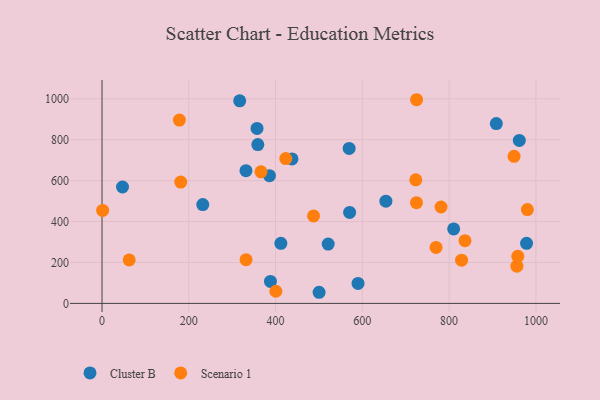
{"axis": {"x": "Study Hours", "y": "Profit"}, "legend": ["Cluster B", "Scenario 1"], "data": [{"x": "961.8", "y": 796.1, "type": "Cluster B"}, {"x": "437.9", "y": 706.1, "type": "Cluster B"}, {"x": "357.3", "y": 854.8, "type": "Cluster B"}, {"x": "331.8", "y": 648.3, "type": "Cluster B"}, {"x": "388.2", "y": 107.2, "type": "Cluster B"}, {"x": "412.2", "y": 293.5, "type": "Cluster B"}, {"x": "317.3", "y": 989.9, "type": "Cluster B"}, {"x": "359.1", "y": 776.1, "type": "Cluster B"}, {"x": "810.5", "y": 363.8, "type": "Cluster B"}, {"x": "654.3", "y": 499.5, "type": "Cluster B"}, {"x": "908.8", "y": 878.4, "type": "Cluster B"}, {"x": "232.2", "y": 483.1, "type": "Cluster B"}, {"x": "570.7", "y": 444.3, "type": "Cluster B"}, {"x": "386.0", "y": 624.2, "type": "Cluster B"}, {"x": "500.3", "y": 54.4, "type": "Cluster B"}, {"x": "47.2", "y": 568.6, "type": "Cluster B"}, {"x": "978.5", "y": 293.5, "type": "Cluster B"}, {"x": "590.1", "y": 97.4, "type": "Cluster B"}, {"x": "569.6", "y": 757.1, "type": "Cluster B"}, {"x": "521.3", "y": 289.9, "type": "Cluster B"}, {"x": "725.0", "y": 995.1, "type": "Scenario 1"}, {"x": "181.4", "y": 592.9, "type": "Scenario 1"}, {"x": "724.8", "y": 492.2, "type": "Scenario 1"}, {"x": "1.4", "y": 454.3, "type": "Scenario 1"}, {"x": "828.7", "y": 211.2, "type": "Scenario 1"}, {"x": "487.6", "y": 427.5, "type": "Scenario 1"}, {"x": "400.7", "y": 59.4, "type": "Scenario 1"}, {"x": "956.2", "y": 181.7, "type": "Scenario 1"}, {"x": "62.6", "y": 212.5, "type": "Scenario 1"}, {"x": "332.0", "y": 213.7, "type": "Scenario 1"}, {"x": "781.4", "y": 471.1, "type": "Scenario 1"}, {"x": "366.4", "y": 643.1, "type": "Scenario 1"}, {"x": "423.6", "y": 707.7, "type": "Scenario 1"}, {"x": "949.7", "y": 718.7, "type": "Scenario 1"}, {"x": "178.3", "y": 895.9, "type": "Scenario 1"}, {"x": "723.2", "y": 603.7, "type": "Scenario 1"}, {"x": "958.3", "y": 230.0, "type": "Scenario 1"}, {"x": "980.4", "y": 458.5, "type": "Scenario 1"}, {"x": "769.9", "y": 273.5, "type": "Scenario 1"}, {"x": "836.6", "y": 306.4, "type": "Scenario 1"}]}